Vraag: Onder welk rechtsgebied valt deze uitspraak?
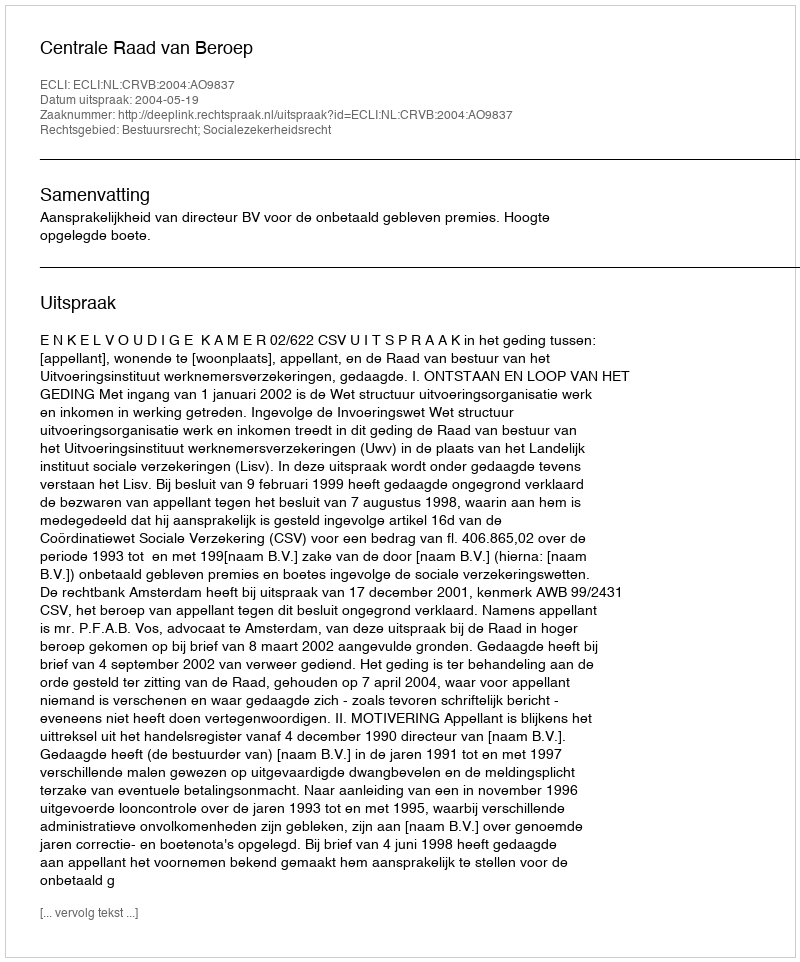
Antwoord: Bestuursrecht; Socialezekerheidsrecht